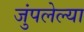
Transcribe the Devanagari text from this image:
जुंपलेल्या